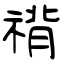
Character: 禙